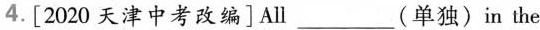
4.[2020 天津中考改编]All___(单独)in the